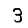
Digit: 3